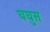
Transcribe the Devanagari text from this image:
घघुस